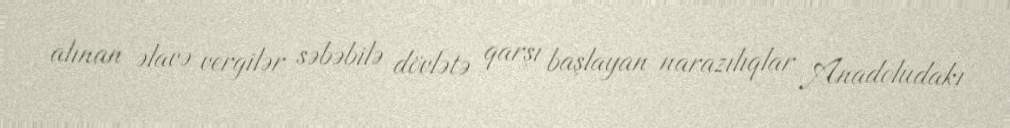
alınan əlavə vergilər səbəbilə dövlətə qarşı başlayan narazılıqlar Anadoludakı